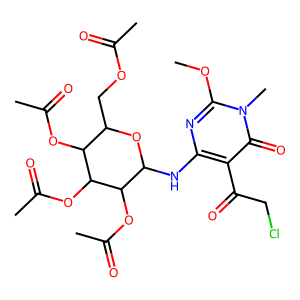
SMILES: COc1nc(NC2OC(COC(C)=O)C(OC(C)=O)C(OC(C)=O)C2OC(C)=O)c(C(=O)CCl)c(=O)n1C
Inhibits HIV replication: No